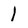
Character: 1